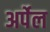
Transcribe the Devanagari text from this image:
अर्पेल